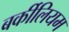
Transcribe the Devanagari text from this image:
बर्कीलियम